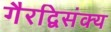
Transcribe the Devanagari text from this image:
गैरद्विसंक्य